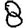
Digit: 8